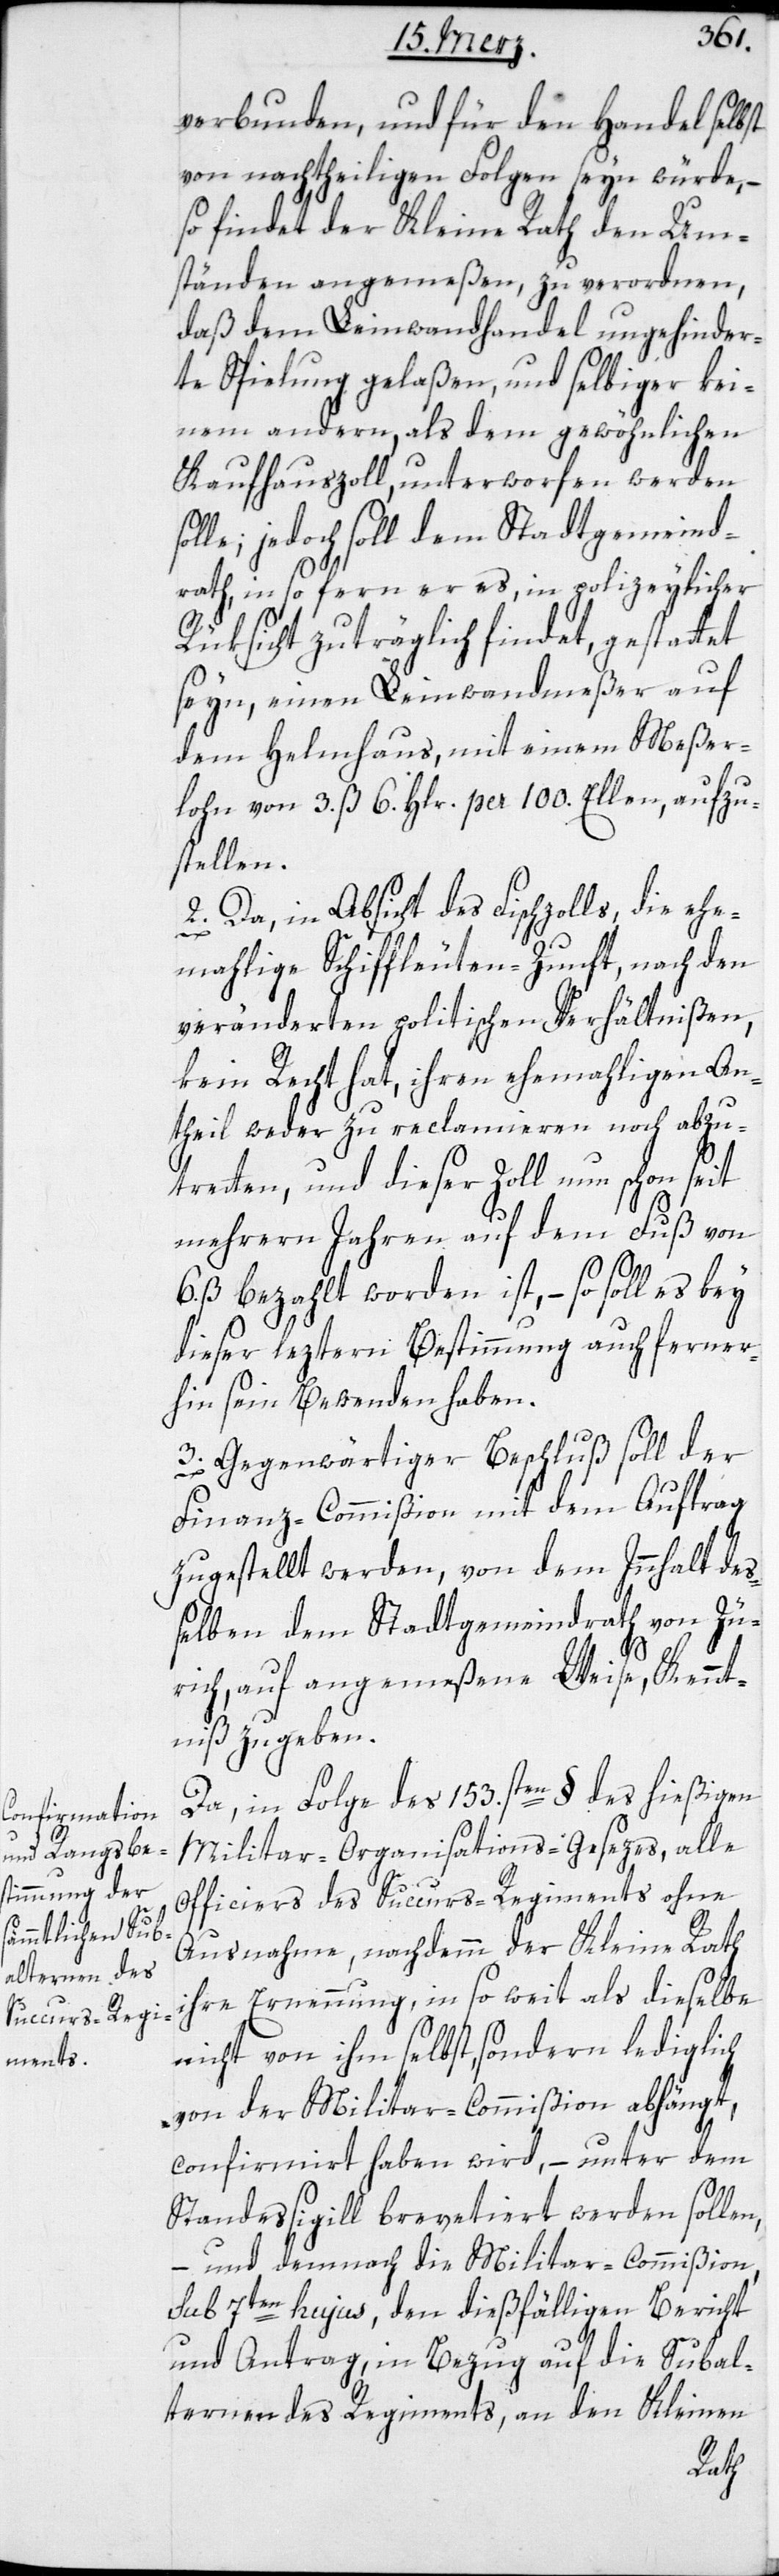
verbunden, und für den Handel selbst
von nachtheiligen Folgen seyn würde, –
so findet der Kleine Rath den Um¬
ständen angemeßen, zu verordnen,
daß dem Leinwandhandel ungehinder¬
te Spielung gelaßen, und selbiger kei¬
nem andern, als dem gewöhnlichen
Kaufhauszoll unterworfen werden
olle, jedoch soll dem Stadtgemeind¬
rath, insofern er es, in polizeylicher
Rüksicht zuträglich findet, gestattet
seyn, einen Leinwandmeßer auf
dem Helmhaus, mit einem Meßer¬
lohn von 3. ß 6. Hlr. per 100. Ellen, aufzu¬
stellen.
2. Da, in Absicht des Fischzolls, die ehe¬
mahlige Schiffleuten-Zunft, nach den
veränderten politischen Verhältnißen,
kein Recht hat, ihren ehemahligen An¬
theil weder zu reclamieren noch abzu¬
tretten, und dieser Zoll nun schon seit
mehreren Jahren auf dem Fuß von
ß bezahlt worden ist, – so soll es bey
dieser Bestimmung auch ferner¬
hin sein Bewenden haben.
3. Gegenwärtiger Beschluß soll der
Finanz-Commißion mit dem Auftrag
zugestellt werden, von dem Innhalt de¬
ßelben dem Stadtgemeindrath von Zü¬
6.
rich, auf angemeßene Weise, Kennt¬
niß zu geben.
Da, in Folge des 153.sten § des hießigen
Militar-Organisations-Gesezes, alle
Officiers des Succurs-Regiments ohne
Ausnahme, nachdemm der Kleine Rath
ihre Ernennung, in so weit als dieselbe
nicht von ihm selbst, sondern lediglich
von der Militar-Commißion abhängt,
confirmiert haben wird, – unter dem
Standessigill brevetiert werden sollen,
– und demnach die Militar-Commißion
sub 7ten hujus, den dießfälligen Bericht
und Antrag, in Bezug auf die Subal¬
ternen des Regiments, an den Kleinen